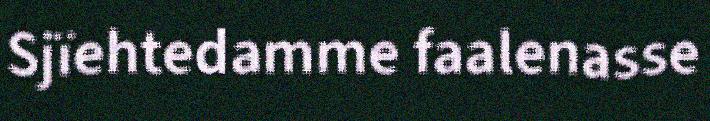
Sjïehtedamme faalenasse